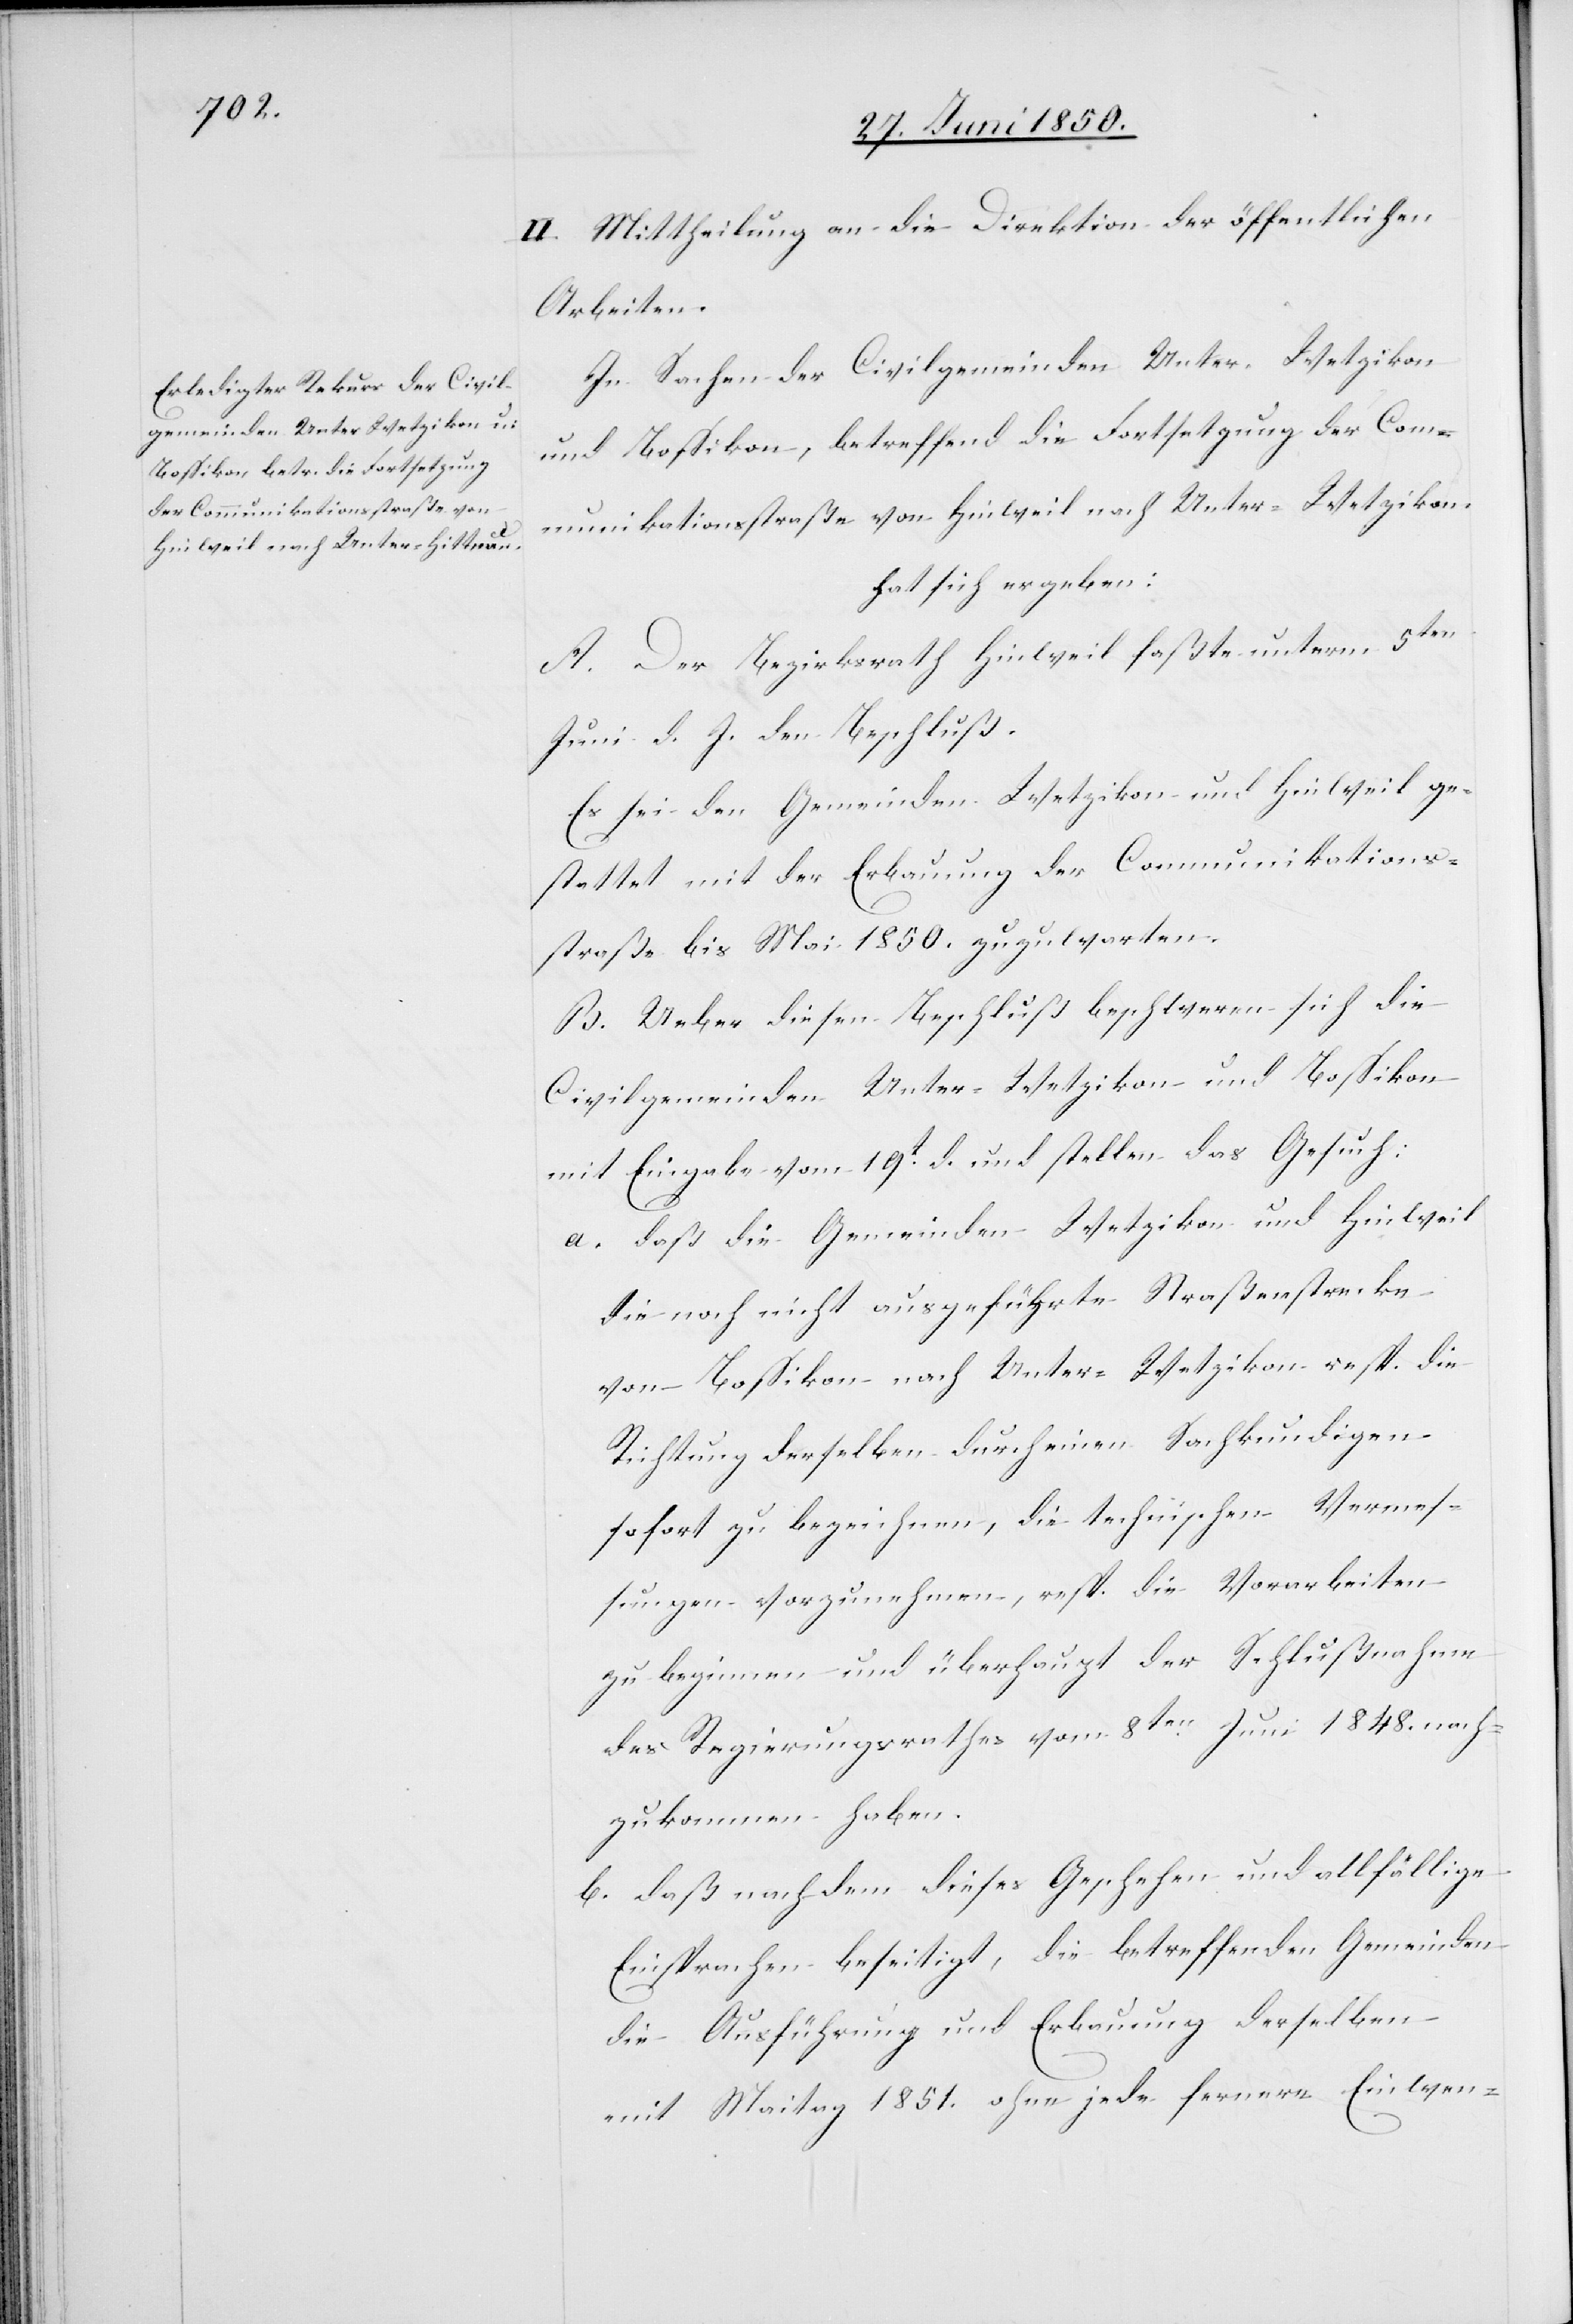
II. Mittheilung an die Direktion der öffentlichen
Arbeiten.
In Sachen der Civilgemeinden Unter-Wetzikon
und Bossikon, betreffend die Fortsetzung der Com¬
munikationsstraße von Hinweil nach Unter-Wetzikon.
hat sich ergeben:
A. Der Bezirksrath Hinweil faßte unterm 5ten
Juni d. J. den Beschluß.
Es sei den Gemeinden Wetzikon und Hinweil ge¬
stattet mit der Erbauung der Communikations¬
straße bis Mai 1850. zuzuwarten.
B. Ueber diesen Beschluß beschweren sich die
Civilgemeinden Unter-Wetzikon und Bossikon
mit Eingabe vom 19t d. und stellen das Gesuch:
a. daß die Gemeinden Wetzikon und Hinweil
die noch nicht ausgeführte Straßenstrecke
von Bossikon nach Unter-Wetzikon resp. die
Richtung derselben durch einen Sachkundigen
sofort zu bezeichnen, die technischen Vermes¬
sungen vorzunehmen, resp. die Vorarbeiten
zu beginnen und überhaupt der Schlußnahme
des Regierungsrathes vom 8ten Juni 1848. nach¬
zukommen haben.
b. daß nachdem dieses Geschehen und allfällige
Einsprachen beseitigt, die betreffenden Gemeinden
die Ausführung und Erbauung derselben
mit Maitag 1851. ohne jede fernere Einwen-